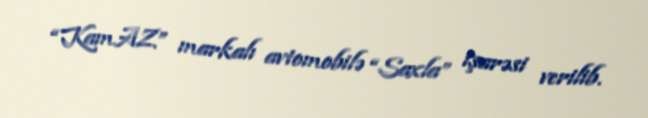
“KamAZ” markalı avtomobilə “Saxla” işarəsi verilib.